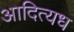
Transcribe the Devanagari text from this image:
आदित्यध